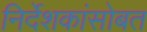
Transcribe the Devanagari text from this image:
निर्देशकांसोबत